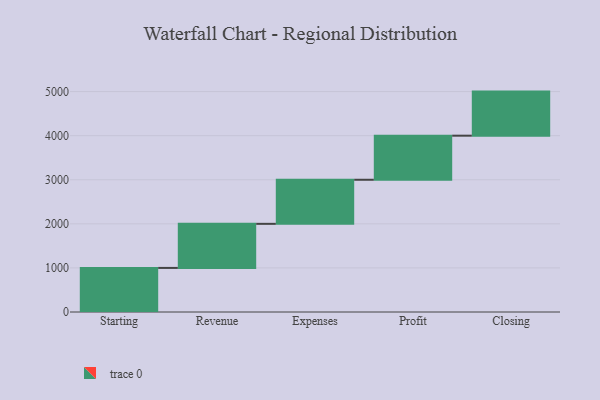
{"axis": {"x": "Step", "y": "Value"}, "legend": [""], "data": [{"x": "Starting", "y": 1000, "type": ""}, {"x": "Revenue", "y": 1000, "type": ""}, {"x": "Expenses", "y": 1000, "type": ""}, {"x": "Profit", "y": 1000, "type": ""}, {"x": "Closing", "y": 1000, "type": ""}]}